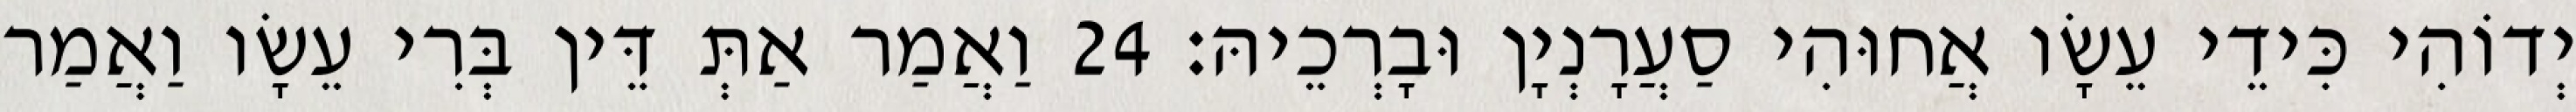
יְדוֹהִי כִּידֵי עֵשָׂו אֲחוּהִי סַעֲרָנְיָן וּבָרְכֵיהּ׃ 24 וַאֲמַר אַתְּ דֵּין בְּרִי עֵשָׂו וַאֲמַר